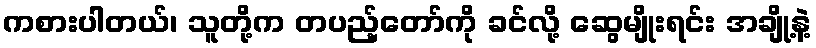
ကစားပါတယ်၊ သူတို့က တပည့်တော်ကို ခင်လို့ ဆွေမျိုးရင်း အချို့နဲ့